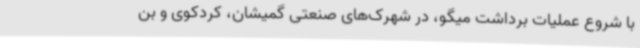
با شروع عملیات برداشت میگو، در شهرک‌های صنعتی گمیشان، کردکوی و بن